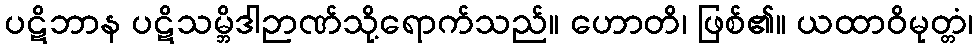
ပဋိဘာန ပဋိသမ္ဘိဒါဉာဏ်သို့ရောက်သည်။ ဟောတိ၊ ဖြစ်၏။ ယထာဝိမုတ္တံ၊